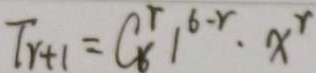
T _ { r + 1 } = C _ { 8 } ^ { r } 1 ^ { 6 - r } \cdot x ^ { r }